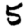
Digit: 5